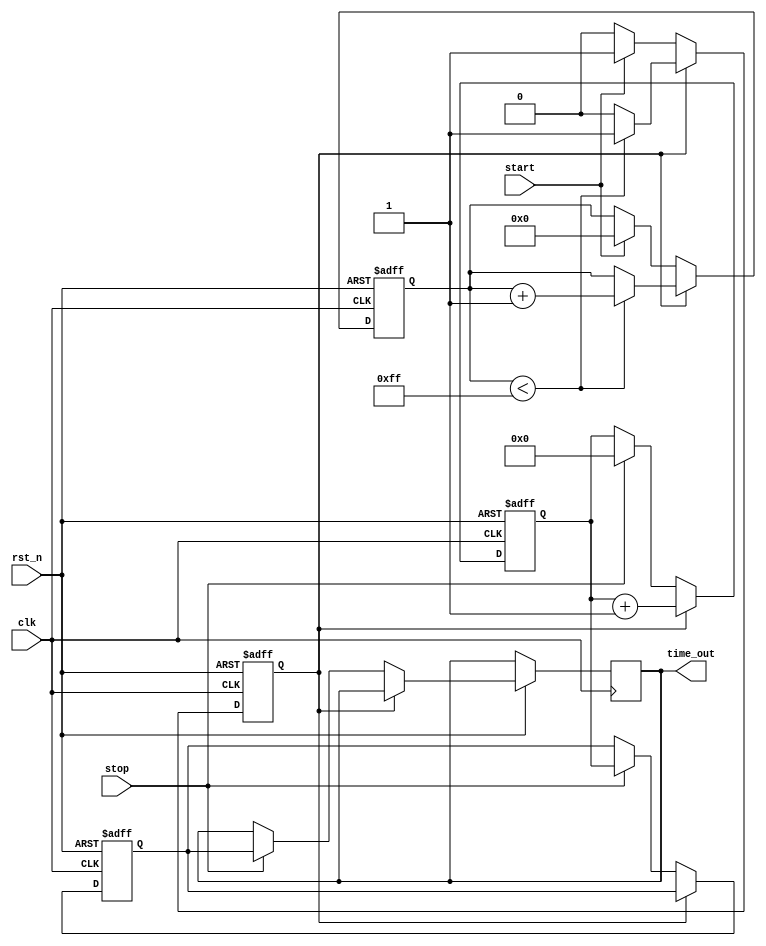
module TDC (
    input wire clk,          // System clock
    input wire rst_n,       // Active low reset
    input wire start,       // Start signal
    input wire stop,        // Stop signal
    output reg [15:0] time_out // 16-bit digital output for time measurement
);

    // Parameters for ramp generator
    parameter RAMP_MAX = 255; // Maximum ramp value
    parameter RAMP_STEP = 1;   // Ramp step value
    parameter RAMP_PERIOD = 10; // Clock cycles for ramping (adjust for speed)

    // Internal signals
    reg [7:0] ramp_voltage;    // 8-bit ramp voltage
    reg measuring;             // Flag to indicate if measuring
    reg [15:0] counter;        // Counter for time measurement
    reg [15:0] time_value;     // Final time value

    // Voltage Ramp Generator
    always @(posedge clk or negedge rst_n) begin
        if (!rst_n) begin
            ramp_voltage <= 0;
            measuring <= 0;
        end else if (measuring) begin
            if (ramp_voltage < RAMP_MAX) begin
                ramp_voltage <= ramp_voltage + RAMP_STEP;
            end else begin
                measuring <= 0; // Stop ramping when max voltage is reached
            end
        end else if (start) begin
            ramp_voltage <= 0; // Reset ramp voltage
            measuring <= 1;     // Start measuring
        end
    end

    // Time Measurement Logic
    always @(posedge clk or negedge rst_n) begin
        if (!rst_n) begin
            counter <= 0;
            time_value <= 0;
        end else if (measuring) begin
            counter <= counter + 1; // Increment counter while measuring
        end else if (stop) begin
            time_value <= counter; // Capture the counter value when STOP is detected
            time_out <= time_value; // Output the measured time
            counter <= 0; // Reset counter for next measurement
        end
    end

endmodule